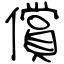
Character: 償